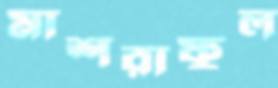
মাশরাফুল